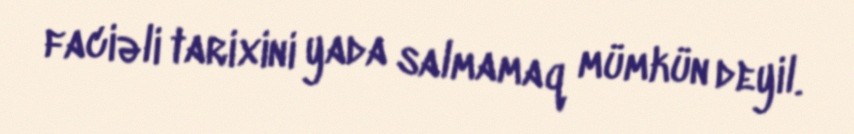
faciəli tarixini yada salmamaq mümkün deyil.